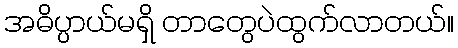
အဓိပ္ပာယ်မရှိ တာတွေပဲထွက်လာတယ်။